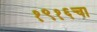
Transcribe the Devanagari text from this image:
१९१६चा